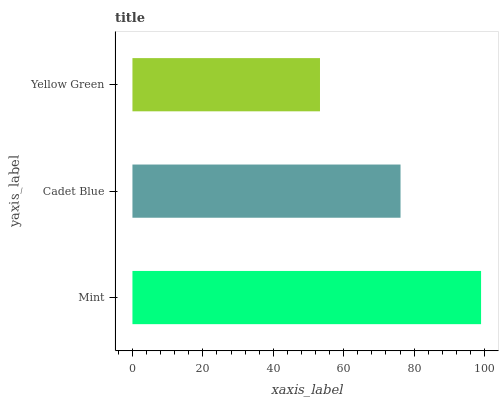
| yaxis_label | bars |
 | --- | --- |
 | Mint | 99 |
 | Cadet Blue | 76.1 |
 | Yellow Green | 53.3 |